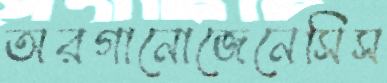
অরগানোজেনেসিস